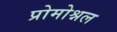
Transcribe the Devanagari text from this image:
प्रोमोश्नल